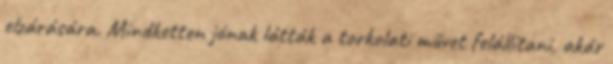
elzárására. Mindketten jónak látták a torkolati művet felállítani, akár